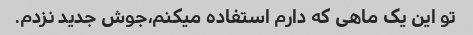
تو این یک ماهی که دارم استفاده میکنم،جوش جدید نزدم.